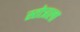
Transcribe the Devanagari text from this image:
स्तोत्राला